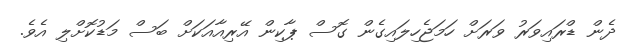
ދެން ޑްރައިވަރު ވަރަށް ހަމަޖެހިލައިގެން ގޮސް ޕާކިން އޭރިއާއަކަށް ބަސް މަޑުކޮށްލި އެވެ.